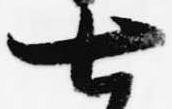
七